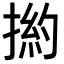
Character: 𢰹